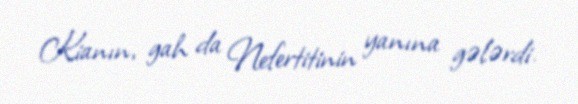
Kianın, gah da Nefertitinin yanına gələrdi.